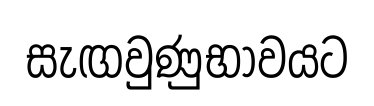
සැඟවුණුභාවයට